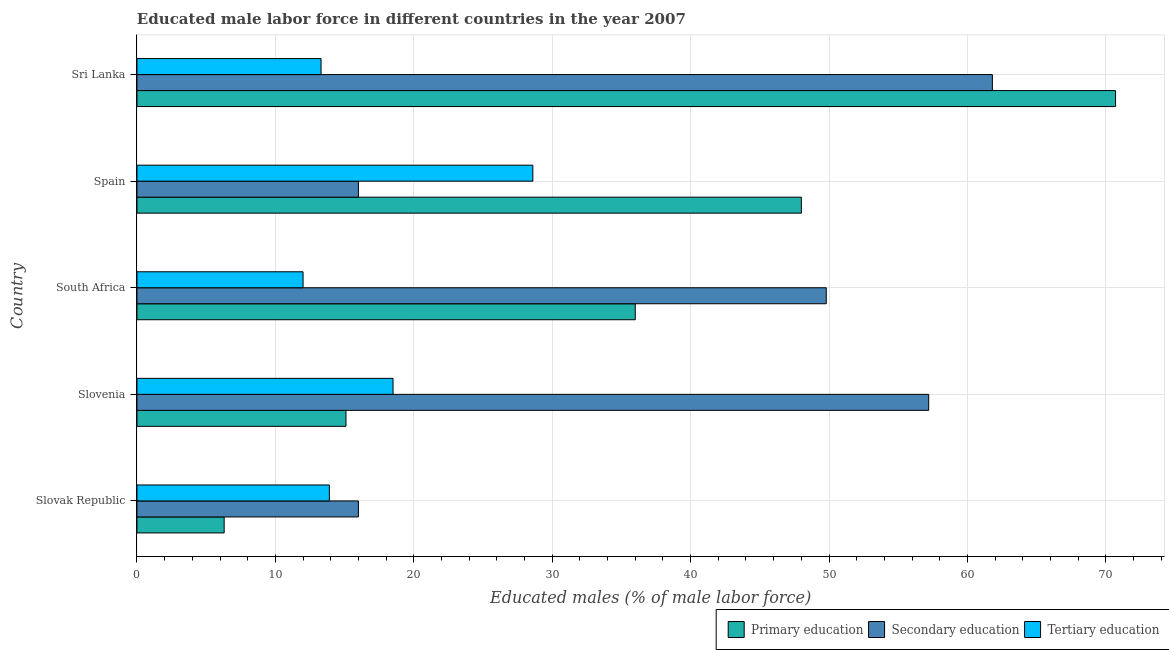
| Country | Primary education | Secondary education | Tertiary education |
 | --- | --- | --- | --- |
 | Slovak Republic | 6.3 | 16 | 13.9 |
 | Slovenia | 15.1 | 57.2 | 18.5 |
 | South Africa | 36 | 49.8 | 12 |
 | Spain | 48 | 16 | 28.6 |
 | Sri Lanka | 70.7 | 61.8 | 13.3 |